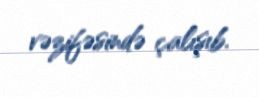
vəzifəsində çalışıb.